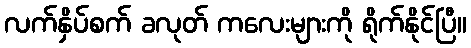
လက်နှိပ်စက် ခလုတ် ကလေးများကို ရိုက်နိုင်ပြီ။